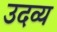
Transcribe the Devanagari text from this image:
उदव्य